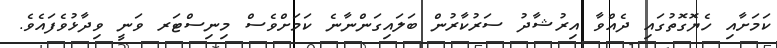
ކަމަށާއި ހެޔޮގޮތުގައި ދެއްވާ އިރުޝާދު ސަރުކާރުން ބަލައިގަންނާނެ ކަމަށްވެސް މިނިސްޓަރ ވަނީ ވިދާޅުވެފައެވެ.